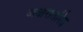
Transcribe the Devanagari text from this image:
अक्षरांतरित